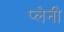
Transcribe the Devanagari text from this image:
प्लेनी